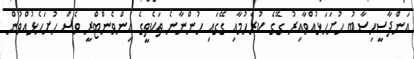
އަންދާސީހިސާބު ހުށަހަޅުއްވާއިރު ގޭގެ ކުރެހުމާއި ގޭގައި ހުންނާނެ ތަކެތީގެ އިންވެންޓްރީ ވެސް ހުށަހެޅުއްވުން